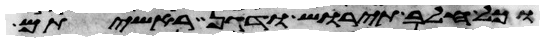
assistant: וכל חלב תירש ודגן ראשיתם